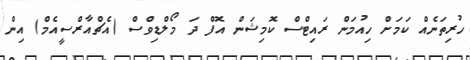
ހުރިތަނެއް ކަމަށް ހިއުމަން ރައިޓްސް ކޮމިޝަން އޮފް ދަ މޯލްޑިވްސް (އެޗްއާރްސީއެމް) އިން